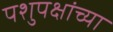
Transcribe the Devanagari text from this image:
पशुपक्षांच्या